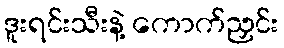
ဒူးရင်းသီးနဲ့ ကောက်ညှင်း